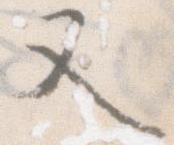
又